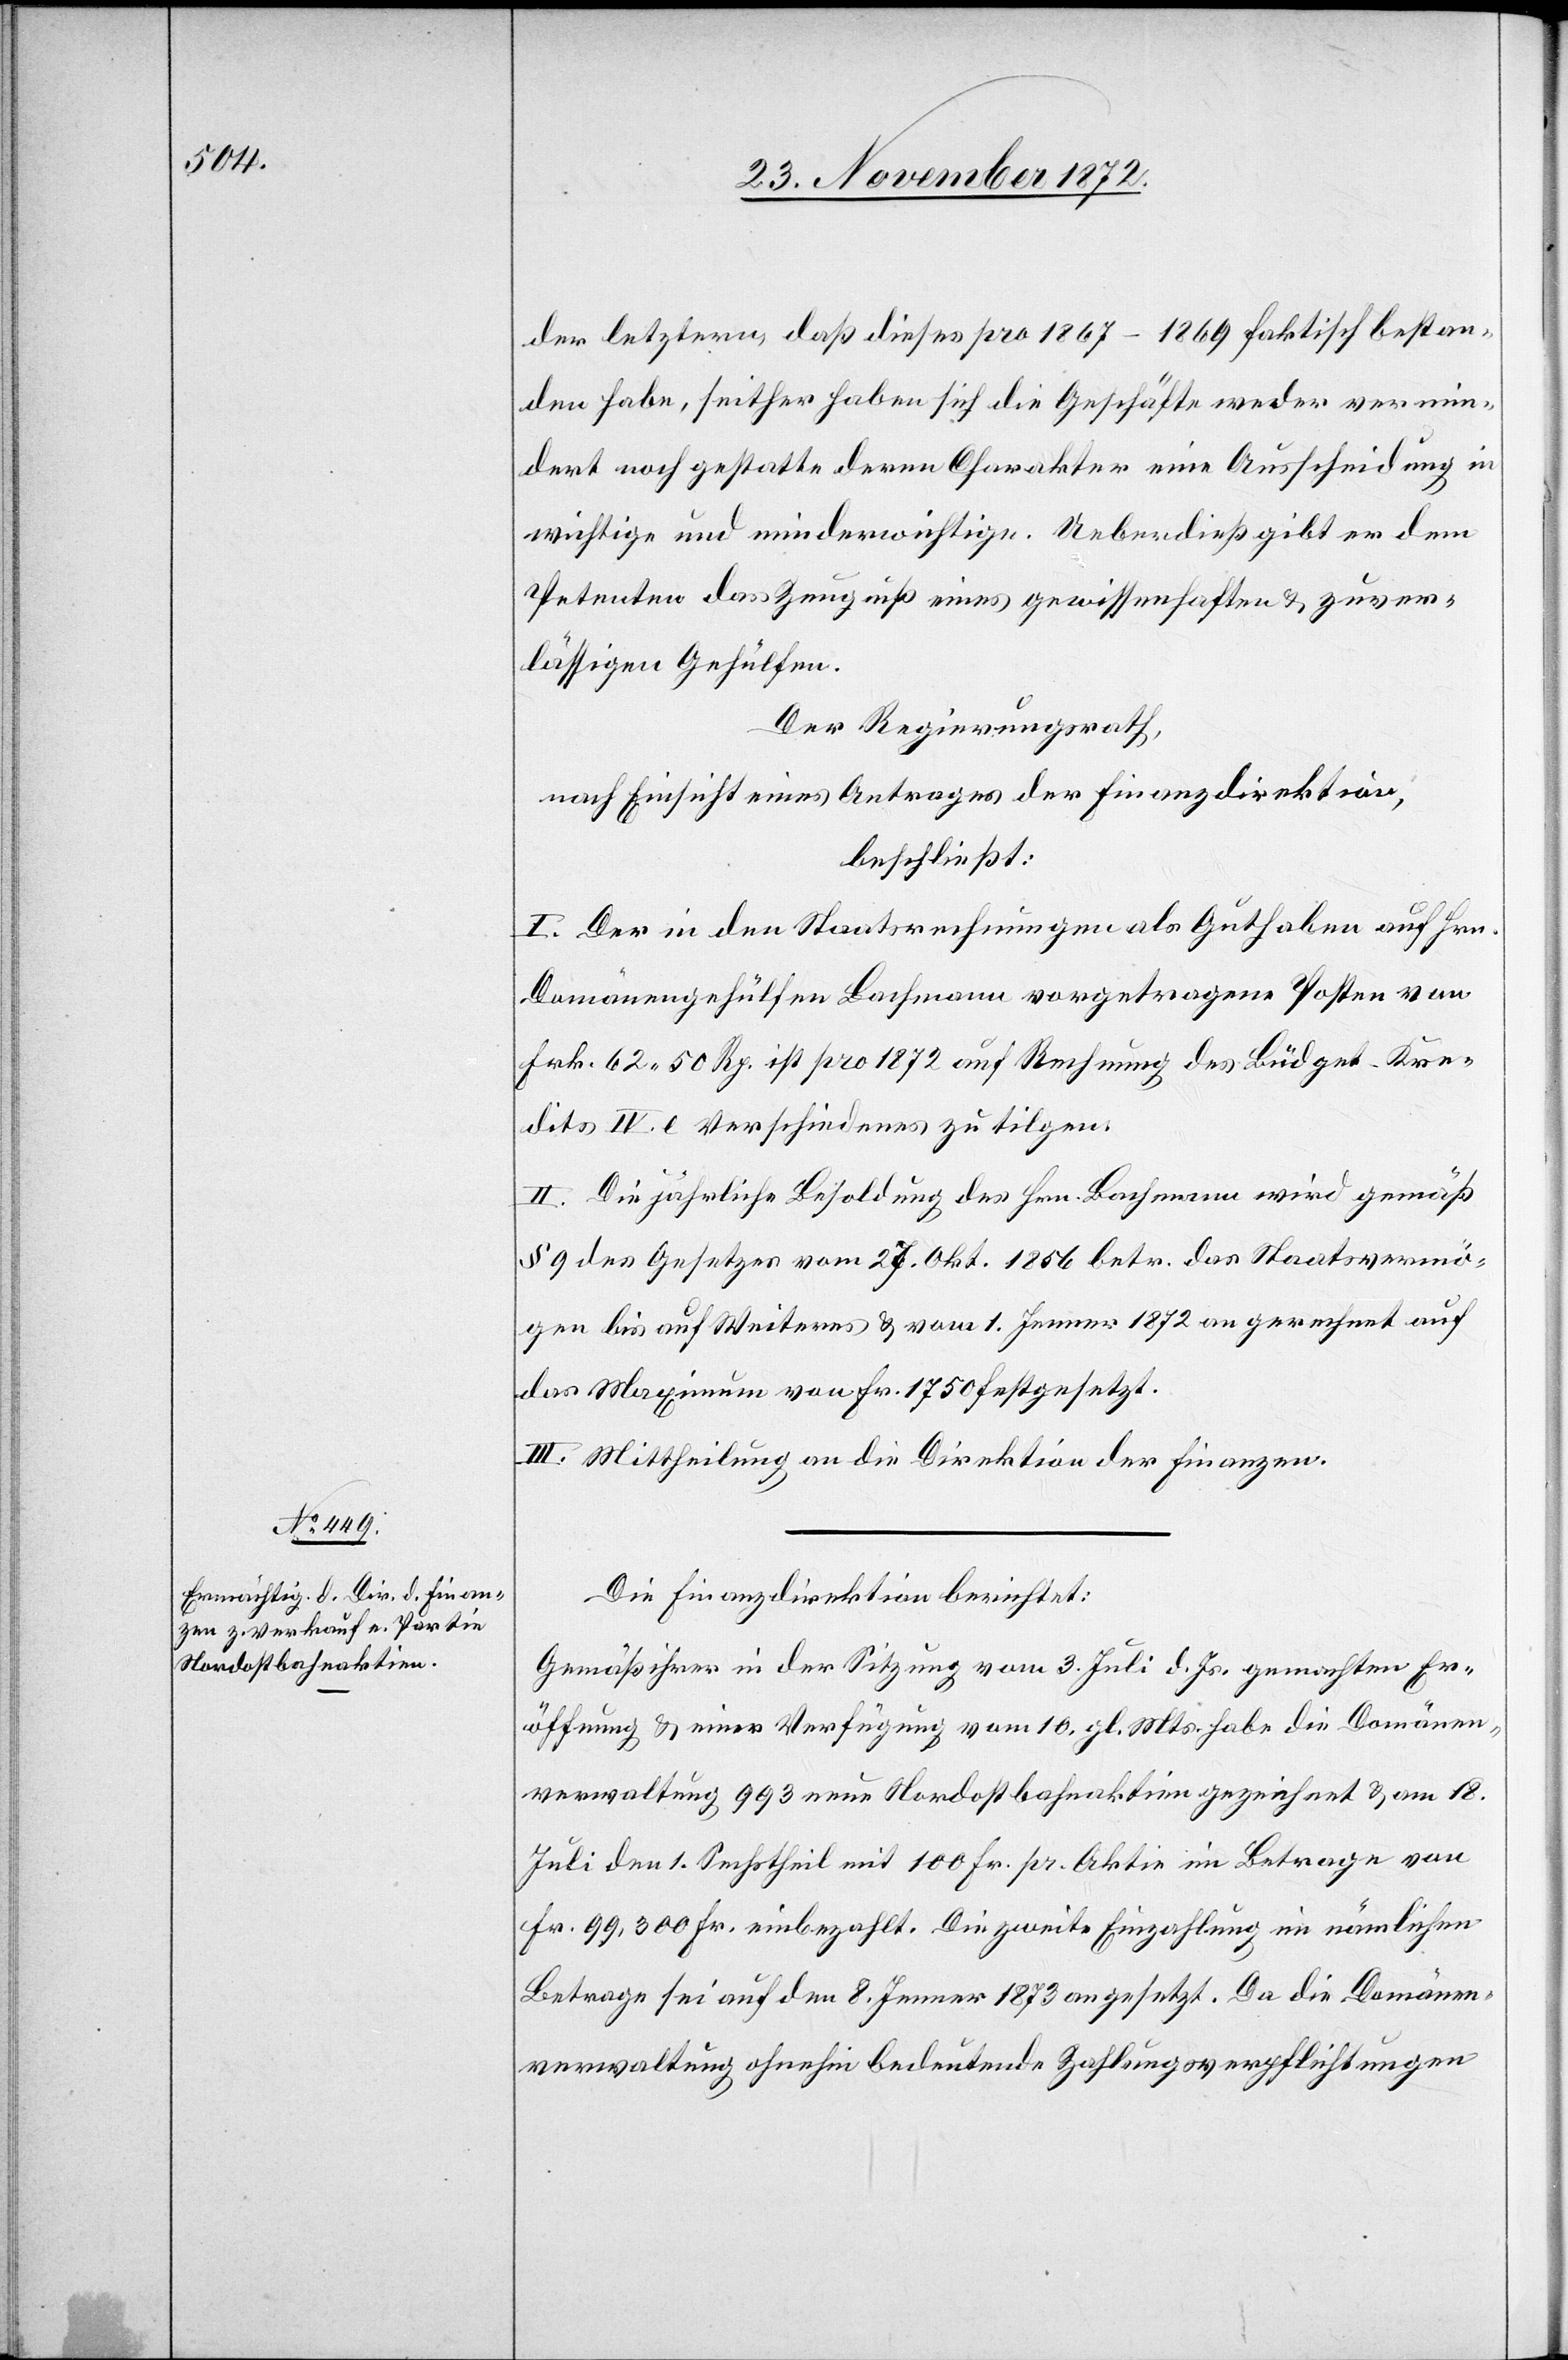
der letztern, daß dieses pro 1867–1869 faktisch bestan¬
den habe, seither haben sich die Geschäfte weder vermin¬
dert noch gestatte deren Charakter eine Ausscheidung in
wichtige und minderwichtige. Ueberdieß gibt er dem
Petenten das Zeugniß eines gewissenhaften u. zuver¬
lässigen Gehülfen.
Der Regierungsrath,
nach Einsicht eines Antrages der Finanzdirektion,
beschließt:
I. Der in den Staatsrechnungen als Guthaben auf Hrn.
Domänengehülfen Bachmann vorgetragene Posten von
Frk. 62 50 Rp. ist pro 1872 auf Rechnung des Büdget-Kre¬
dits IV. e Verschiedenes zu tilgen.
II. Die jährliche Besoldung des Hrn. Bachmann wird gemäß
§ 9 des Gesetzes vom 27. Okt. 1856 betr. das Staatsvermö¬
gen bis auf Weiteres u. vom 1. Jenner 1872 an gerechnet auf
das Maximum von Fr. 1 750 festgesetzt.
III. Mittheilung an die Direktion der Finanzen.
Die Finanzdirektion berichtet:
Gemäß ihrer in der Sitzung vom 3. Juli d. Js. gemachten Er¬
öffnung u. einer Verfügung vom 10. gl. Mts. habe die Domänen¬
verwaltung 993 neue Nordostbahnaktien gezeichnet u. am 18.
Juli den 1. Sechstheil mit 100 Fr. pr. Aktie im Betrage von
Fr. 99,300 Fr. einbezahlt. Die zweite Einzahlung im nämlichen
Betrage sei auf den 8. Jenner 1873 angesetzt. Da die Domänen¬
verwaltung ohnehin bedeutende Zahlungsverpflichtungen